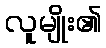
လူမျိုး၏